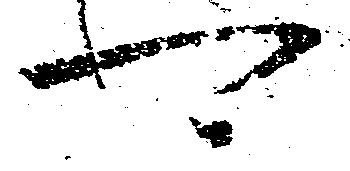
可